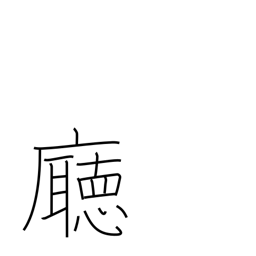
Meaning: government office